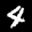
Label: 4